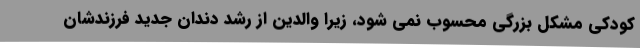
کودکی مشکل بزرگی محسوب نمی شود، زیرا والدین از رشد دندان جدید فرزندشان